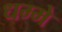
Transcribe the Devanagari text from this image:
धम्मे